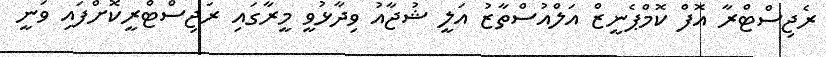
ރެޖިސްޓްރާ އޮފް ކޮމްޕެނީޒް އަލްއުސްތާޒު އަލީ ޝުޖާއު ވިދާޅުވީ މީރާގައި ރަޖިސްޓްރީކޮށްފައި ވަނީ